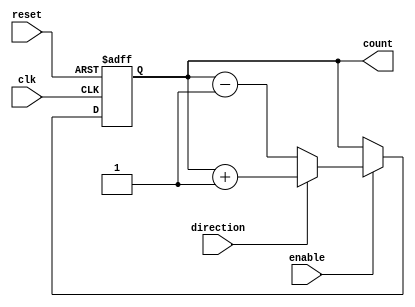
module UpDownCounter (
    input wire clk, // Clock signal
    input wire reset, // Reset signal
    input wire enable, // Enable signal
    input wire direction, // Input signal to determine up or down counting
    output reg [7:0] count // Output count value
);

reg [7:0] next_count;

always @(posedge clk or posedge reset) begin
    if (reset) begin
        count <= 8'h00;
    end else if (enable) begin
        if (direction) begin
            next_count = count + 1;
        end else begin
            next_count = count - 1;
        end
        count <= next_count;
    end
end

endmodule